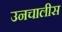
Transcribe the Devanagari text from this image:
उनचालीस